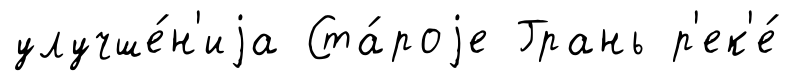
улучше́н'иjа Ста́роjе Грань р'ек'е́